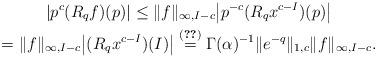
LaTeX: \begin{align*} \begin{gathered} |p^c (R_q f)(p)| \leq \|f\|_{\infty,I-c} \bigl| p^{-c} (R_q x^{c-I})(p) \bigr| \\ = \|f\|_{\infty,I-c} \bigl| (R_q x^{c-I})(I) \bigr| \overset{\eqref{aux.MqtoRq}}{=} \Gamma(\alpha)^{-1} \|e^{-q}\|_{1,c} \|f\|_{\infty,I-c}. \end{gathered}\end{align*}